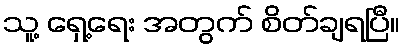
သူ့ ရှေ့ရေး အတွက် စိတ်ချရပြီ။